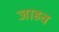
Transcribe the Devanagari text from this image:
जाहव